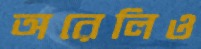
অরেলিও